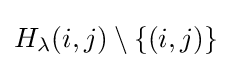
H_{\lambda }(i,j)\setminus \{(i,j)\}